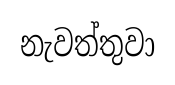
නැවත්තුවා